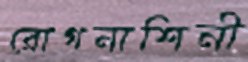
রোগনাশিনী